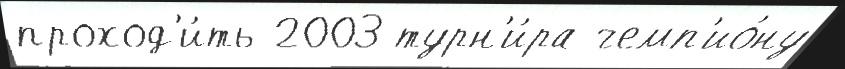
проход'и́ть 2003 турн'и́ра чемп'ио́ну